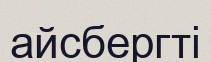
айсбергті